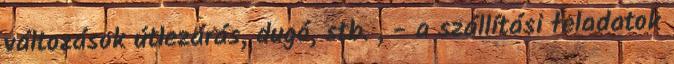
változások útlezárás, dugó, stb. , - a szállítási feladatok